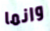
وانما